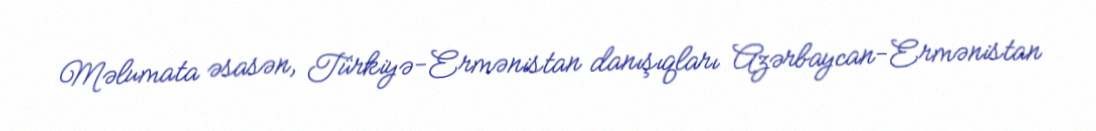
Məlumata əsasən, Türkiyə-Ermənistan danışıqları Azərbaycan-Ermənistan